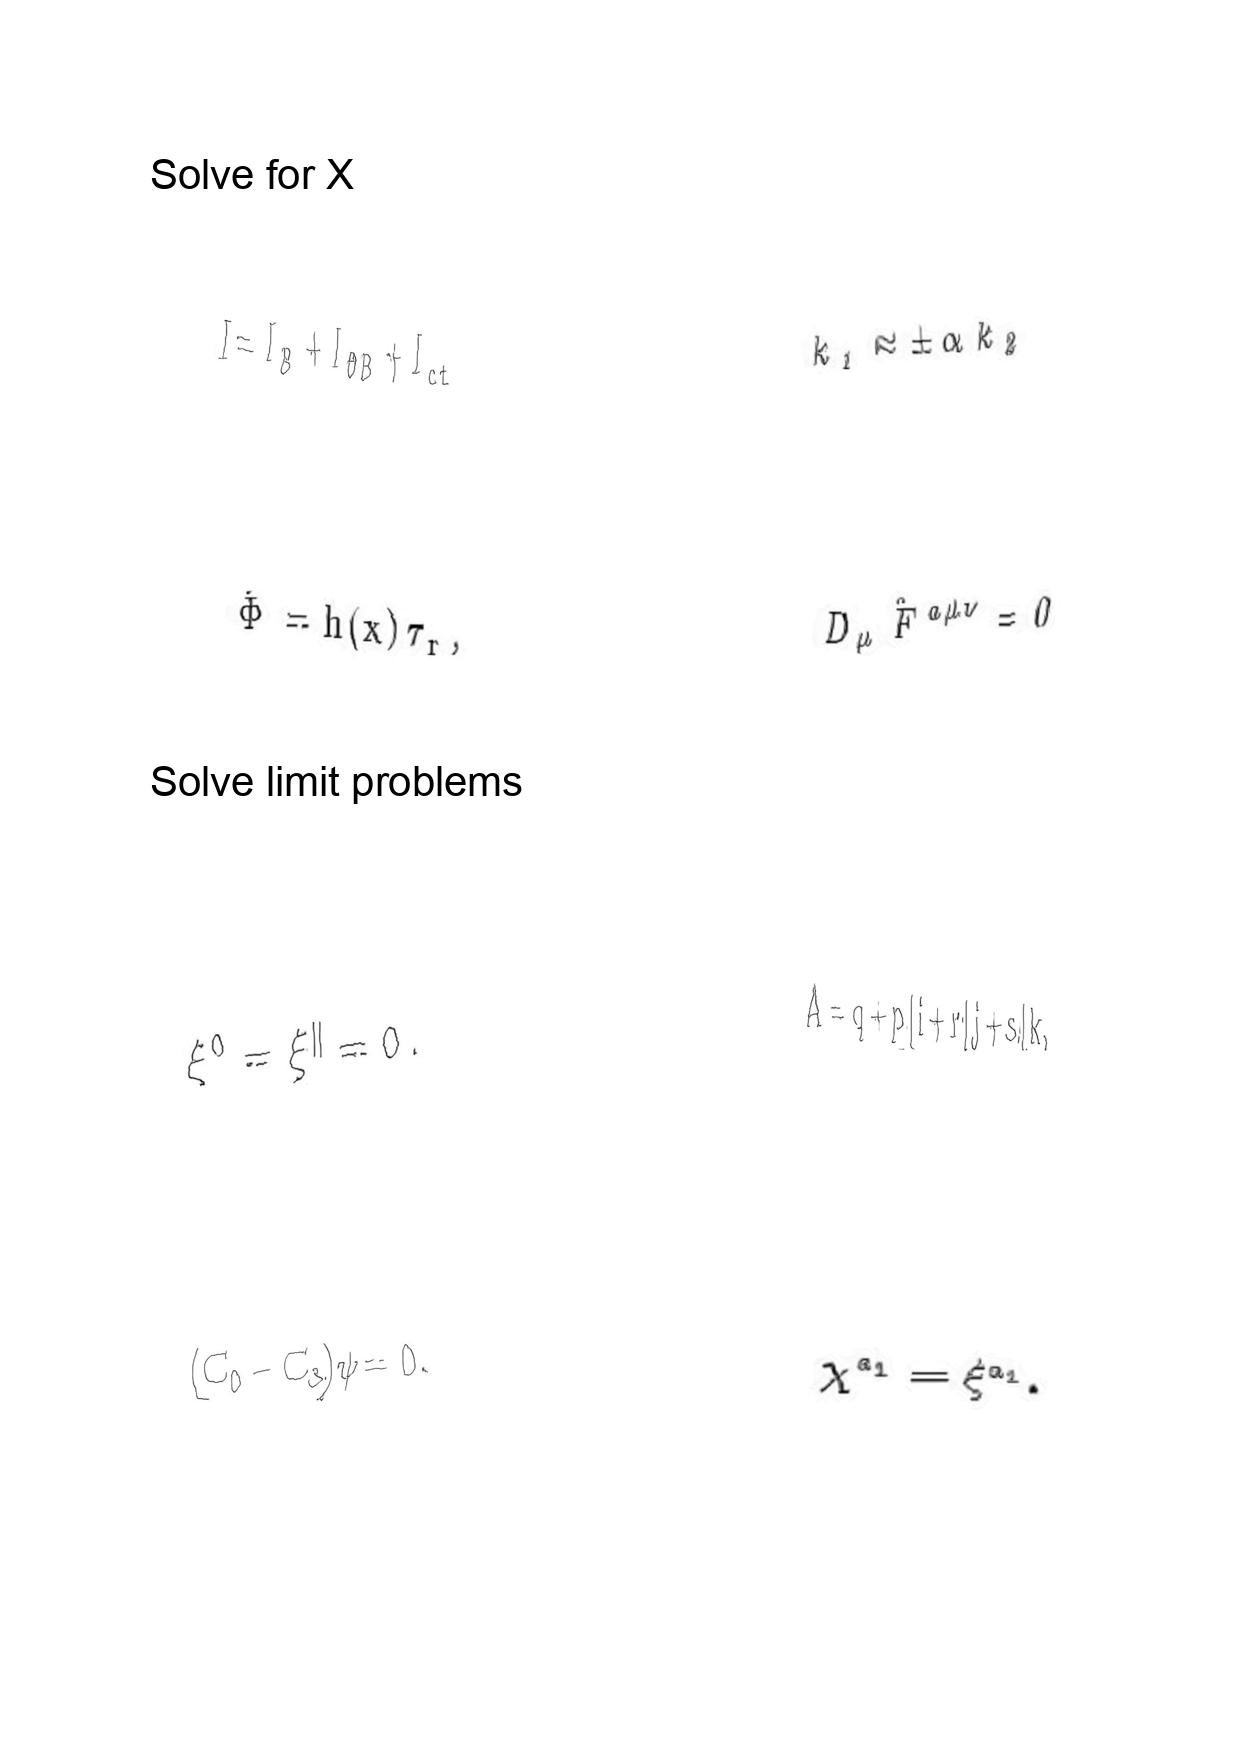
LaTeX transcription:
I = I _ { B } + I _ { \partial B } + I _ { c t }
\hat { \Phi } = h \lparen x \rparen \tau _ { r } ,
\xi ^ { 0 } = \xi ^ { \parallel } = 0 .
\lparen C _ { 0 } - C _ { 3 } \rparen \psi = 0 .
k _ { 1 } \approx \pm \alpha k _ { 2 }
D _ { \mu } \hat { F } ^ { a \mu \nu } = 0
A = q + p \vert i + r \vert j + s \vert k ,
\chi ^ { a _ { 1 } } = \xi ^ { a _ { 1 } } .